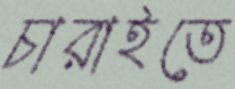
চারাইতে